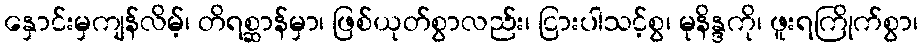
နှောင်းမှကျန်လိမ့်၊ တိရစ္ဆာန်မှာ၊ ဖြစ်ယုတ်စွာလည်း၊ ငြားပါသင့်စွ၊ မုနိန္ဒကို၊ ဖူးရကြိုက်စွာ၊